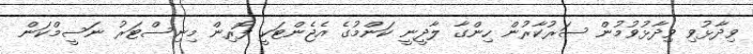
ވިދާޅުވި ވިދާޅުވުމުން ސަރުކާރުން ހިންގާ ލާދީނީ ކަންމުގެ އެޖެންޓަކީ ފޮރިން މިނިސްޓަރު ނަސީމްކަން